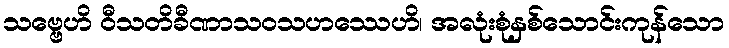
သဗ္ဗေဟိ ဝီသတိခီဏာသဝသဟဿေဟိ၊ အလုံးစုံနှစ်သောင်းကုန်သော